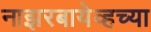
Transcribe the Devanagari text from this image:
नाझरबायेव्हच्या